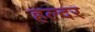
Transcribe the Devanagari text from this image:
हल्दर